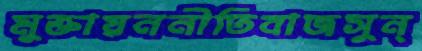
মুক্তায়ননীতিবাজসুন্